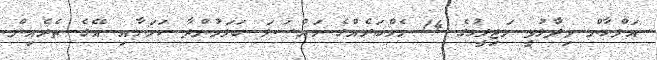
އަލްހާން ވިދާޅުވީ މަޖިލީހުގެ 14 މެމްބަރެއްގެ މައްސަލަ ބަލަމުންދާ ކަމަށާއި އޭގެ ތެރެއިން